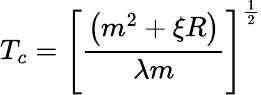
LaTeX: T_{c}=\left[\frac{\left(m^{2}+\xi R\right)}{\lambda m}\right]^{\frac 12}